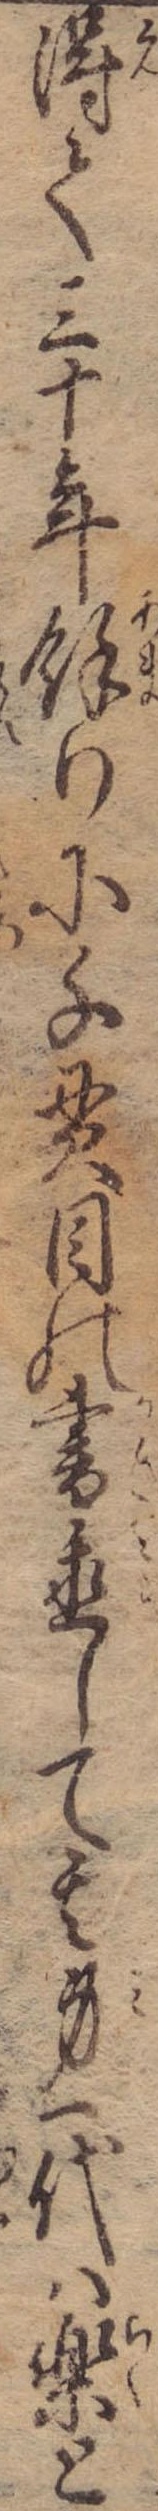
得て三十年余りに千貫目の書置して其身一代は楽と